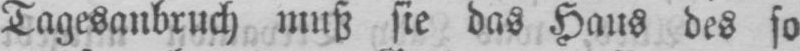
Tagesanbruch muß sie das Haus des so